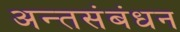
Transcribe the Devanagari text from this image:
अन्तसंबंधन